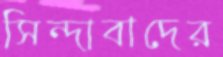
সিন্দাবাদের